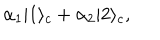
\alpha _ { 1 } | 1 \rangle _ { c } + \alpha _ { 2 } | 2 \rangle _ { c } ,